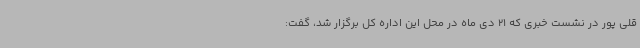
قلی پور در نشست خبری که 21 دی ماه در محل این اداره کل برگزار شد، گفت: